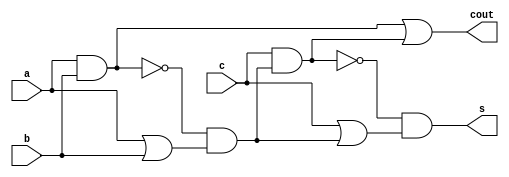
module top( a , b , c , cout , s );
  input a , b , c ;
  output cout , s ;
  wire n4 , n5 , n6 , n7 , n8 , n9 , n10 ;
  assign n4 = a & b ;
  assign n5 = a | b ;
  assign n6 = ~n4 & n5 ;
  assign n7 = c & n6 ;
  assign n8 = n4 | n7 ;
  assign n9 = c | n6 ;
  assign n10 = ~n7 & n9 ;
  assign cout = n8 ;
  assign s = n10 ;
endmodule